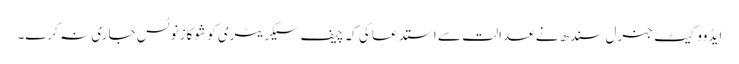
ایڈووکیٹ جنرل سندھ نے عدالت سے استدعا کی کہ چیف سیکریٹری کو شوکاز نوٹس جاری نہ کرے۔